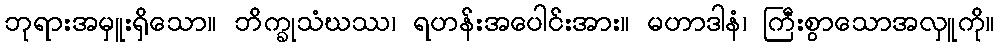
ဘုရားအမှူးရှိသော။ ဘိက္ခုသံဃဿ၊ ရဟန်းအပေါင်းအား။ မဟာဒါနံ၊ ကြီးစွာသောအလှူကို။